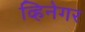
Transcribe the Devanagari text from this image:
व्हिनेगर